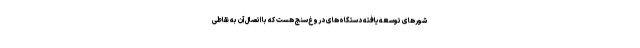
شورهای توسعه‌یافته دستگاه‌های دروغ‌سنج هست که با اتصال آن به نقاطی